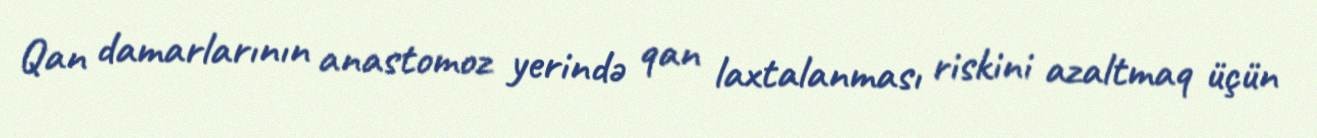
Qan damarlarının anastomoz yerində qan laxtalanması riskini azaltmaq üçün